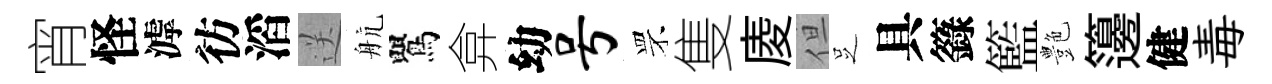
宵怪滹彷滔送航鸎弇幼号罘隻庱但𠯁具籙籃艶籩健毒